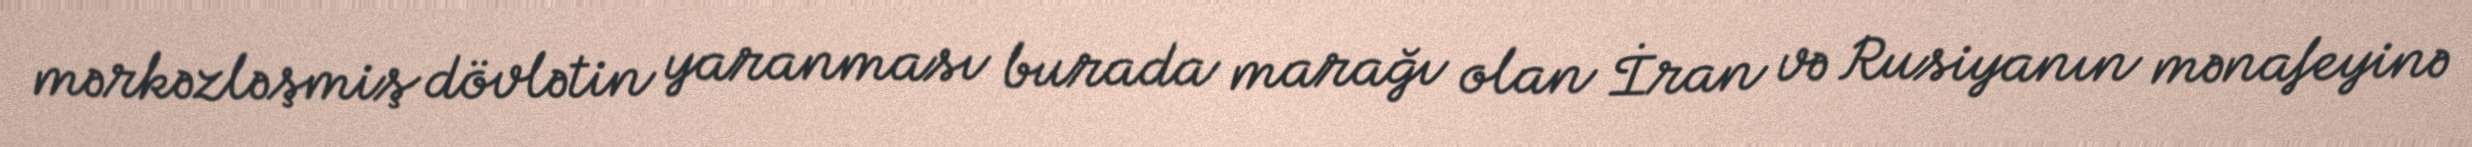
mərkəzləşmiş dövlətin yaranması burada marağı olan İran və Rusiyanın mənafeyinə